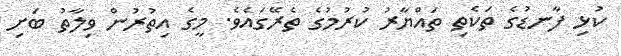
ކުޅި ފާނޑުގެ ތަކެތި ތައްޔާރު ކުރުމުގެ ތެރޭގައެވެ. މީގެ އިތުރުން ވިލާތު ބަށި